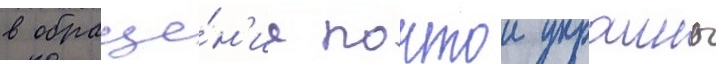
в обраще́н'ие почтои украины